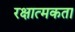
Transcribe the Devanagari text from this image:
रक्षात्मकता